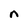
Character: n